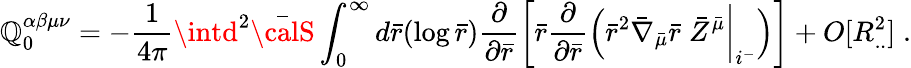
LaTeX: \mathbb{Q}_{0}^{\alpha\beta\mu\nu}=-\frac{{1}}{{4\pi}}\intd^{2}{\bar{{\calS}}}\int_{0}^{\infty}d{\bar{{r}}}(\log{\bar{{r}}})\frac{{\partial}}{{\partial{\bar{{r}}}}}\left[{\bar{{r}}}\frac{{\partial}}{{\partial{\bar{{r}}}}}\Bigl({\bar{{r}}}^{2}{\bar{{\nabla}}}_{\bar{{\mu}}}{\bar{{r}}}\; {\bar{{Z}}}^{\bar{{\mu}}}\biggl|_{i^{-}}\Bigr)\right]+O[R_{..}^{2}]\; .